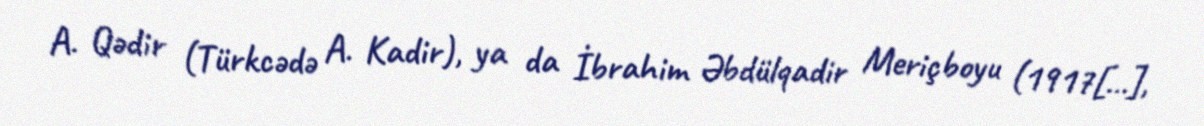
A. Qədir (Türkcədə A. Kadir), ya da İbrahim Əbdülqadir Meriçboyu (1917[…],